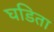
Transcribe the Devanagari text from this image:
घडिता